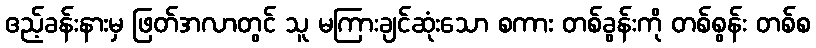
ဧည့်ခန်းနားမှ ဖြတ်အလာတွင် သူ မကြားချင်ဆုံးသော စကား တစ်ခွန်းကို တစ်စွန်း တစ်စ